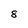
Character: 8